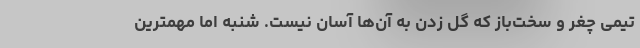
تیمی چغر و سخت‌باز که گل زدن به آن‌ها آسان نیست. شنبه اما مهمترین